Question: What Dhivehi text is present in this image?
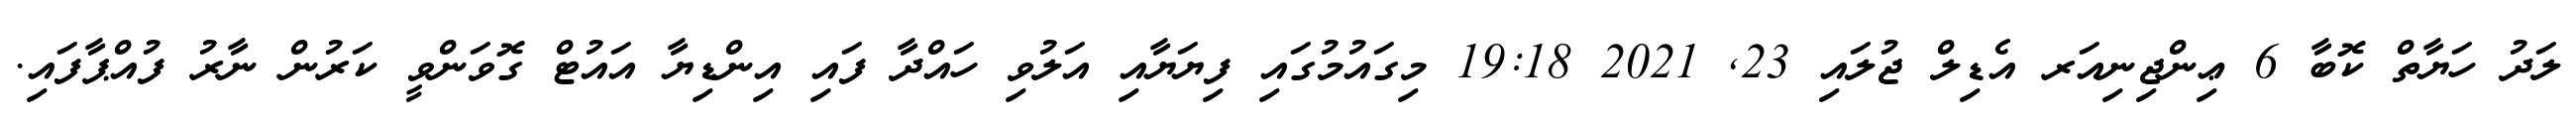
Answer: ލަދު ހަޔާތް ކޮބާ 6 ޢިންޖިނިއަރ އެޑިލް ޖުލައި 23, 2021 19:18 މިގައުމުގައި ފިޔަޔާއި އަލުވި ހައްދާ ފައި އިންޑިޔާ އައުޓް ގޮވަންވީ ކަރުން ނާރު ފުއްޕާފައި.